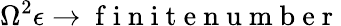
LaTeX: \Omega^{2}\epsilon\rightarrow\mathrm{~f~i~n~i~t~e~n~u~m~b~e~r~}